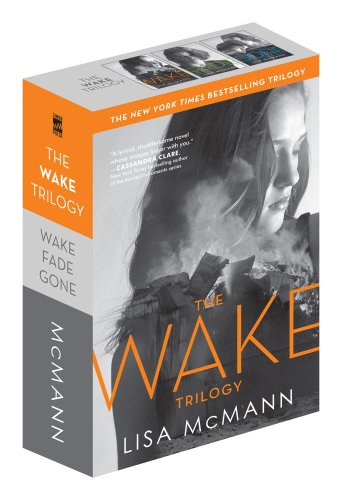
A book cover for The Wake Trilogy: Wake; Fade; Gone; Lisa McMann; Teen & Young Adult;